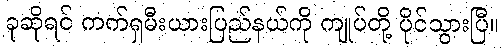
ခုဆိုရင် ကက်ရှမီးယားပြည်နယ်ကို ကျုပ်တို့ ပိုင်သွားပြီ။